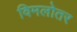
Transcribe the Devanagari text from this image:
विमलोतर